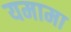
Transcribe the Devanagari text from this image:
यमामा